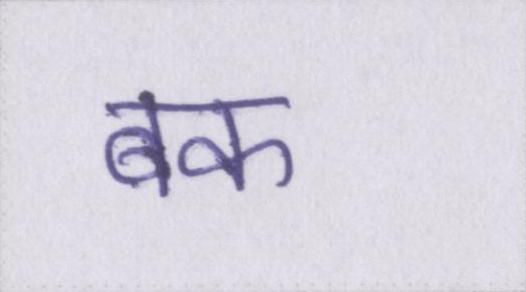
बक